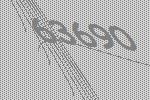
63690